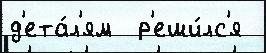
д'ета́л'ям  р'еши́лс'я